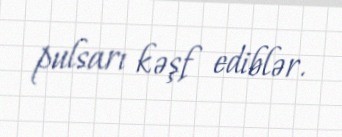
pulsarı kəşf ediblər.